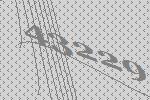
43229